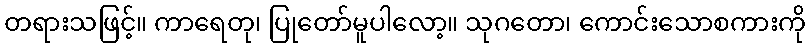
တရားသဖြင့်။ ကာရေတု၊ ပြုတော်မူပါလော့။ သုဂတော၊ ကောင်းသောစကားကို